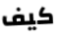
كيف